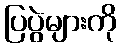
ပြပွဲများကို